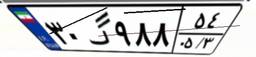
۳۰گ۹۸۸۵۴